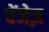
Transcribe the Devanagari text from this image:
चेंजेज़